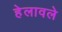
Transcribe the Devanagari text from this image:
हेलावले